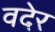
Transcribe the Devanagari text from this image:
वदेर